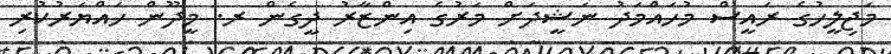
މަޖިލީހުގެ ރައީސް މުހައްމަދު ނަޝީދަށް މަރުގެ އިންޒާރު ދީގެން ރ. މީދޫން ހައްޔަރުކުރި